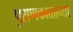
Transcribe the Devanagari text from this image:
पुराणकाळाच्या